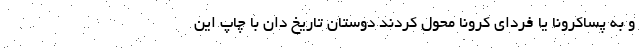
و به پساکرونا یا فردای کرونا محول کردند دوستان تاریخ دان با چاپ این